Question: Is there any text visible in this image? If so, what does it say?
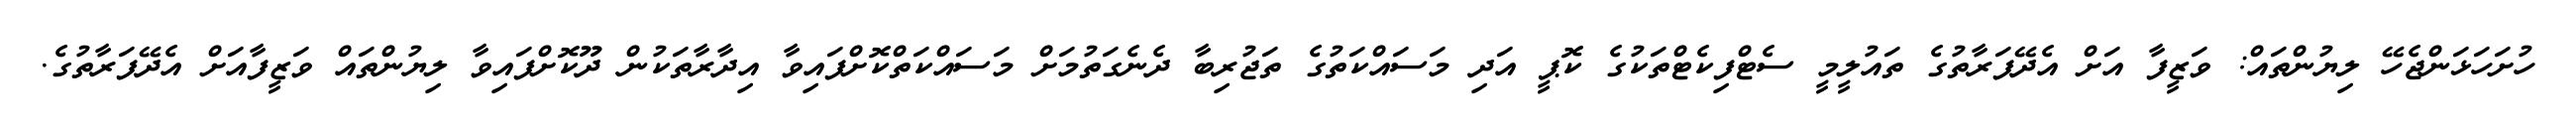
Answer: ހުށަހަޅަންޖެހޭ ލިޔުންތައް: ވަޒީފާ އަށް އެދޭފަރާތުގެ ތައުލީމީ ސެޓްފިކެޓްތަކުގެ ކޮޕީ އަދި މަސައްކަތުގެ ތަޖުރިބާ ދެނެގަތުމަށް މަސައްކަތްކޮށްފައިވާ އިދާރާތަކުން ދޫކޮށްފައިވާ ލިޔުންތައް ވަޒީފާއަށް އެދޭފަރާތުގެ.